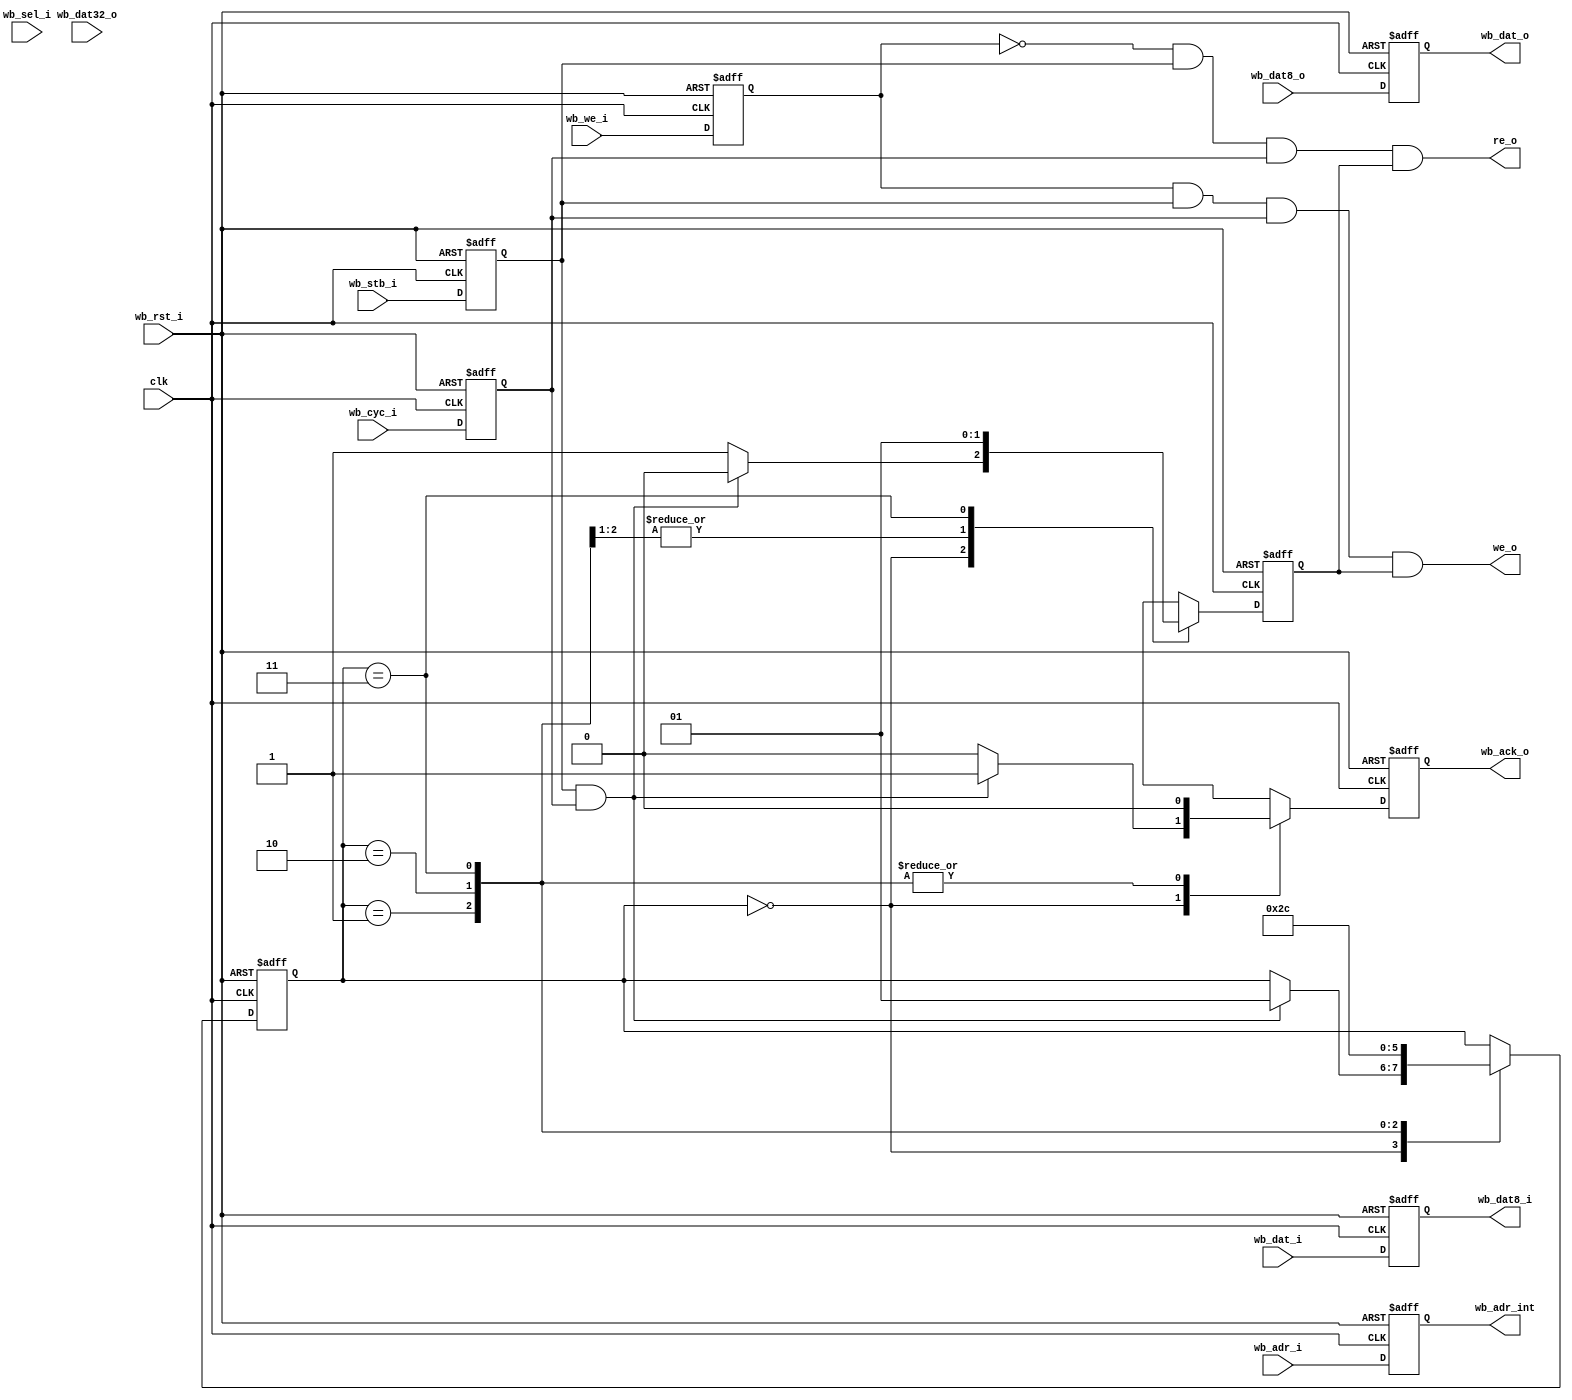
//////////////////////////////////////////////////////////////////////
////                                                              ////
////  uart_wb.v                                                   ////
////                                                              ////
////                                                              ////
////  This file is part of the "UART 16550 compatible" project    ////
////  http://www.opencores.org/cores/uart16550/                   ////
////                                                              ////
////  Documentation related to this project:                      ////
////  - http://www.opencores.org/cores/uart16550/                 ////
////                                                              ////
////  Projects compatibility:                                     ////
////  - WISHBONE                                                  ////
////  RS232 Protocol                                              ////
////  16550D uart (mostly supported)                              ////
////                                                              ////
////  Overview (main Features):                                   ////
////  UART core WISHBONE interface.                               ////
////                                                              ////
////  Known problems (limits):                                    ////
////  Inserts one wait state on all transfers.                    ////
////  Note affected signals and the way they are affected.        ////
////                                                              ////
////  To Do:                                                      ////
////  Nothing.                                                    ////
////                                                              ////
////  Author(s):                                                  ////
////      - gorban@opencores.org                                  ////
////      - Jacob Gorban                                          ////
////      - Igor Mohor (igorm@opencores.org)                      ////
////                                                              ////
////  Last Updated:   2001/05/17                                  ////
////                  (See log for the revision history)          ////
////                                                              ////
////                                                              ////
//////////////////////////////////////////////////////////////////////
////                                                              ////
//// Copyright (C) 2000, 2001 Authors                             ////
////                                                              ////
//// This source file may be used and distributed without         ////
//// restriction provided that this copyright statement is not    ////
//// removed from the file and that any derivative work contains  ////
//// the original copyright notice and the associated disclaimer. ////
////                                                              ////
//// This source file is free software; you can redistribute it   ////
//// and/or modify it under the terms of the GNU Lesser General   ////
//// Public License as published by the Free Software Foundation; ////
//// either version 2.1 of the License, or (at your option) any   ////
//// later version.                                               ////
////                                                              ////
//// This source is distributed in the hope that it will be       ////
//// useful, but WITHOUT ANY WARRANTY; without even the implied   ////
//// warranty of MERCHANTABILITY or FITNESS FOR A PARTICULAR      ////
//// PURPOSE.  See the GNU Lesser General Public License for more ////
//// details.                                                     ////
////                                                              ////
//// You should have received a copy of the GNU Lesser General    ////
//// Public License along with this source; if not, download it   ////
//// from http://www.opencores.org/lgpl.shtml                     ////
////                                                              ////
//////////////////////////////////////////////////////////////////////
//
// CVS Revision History
//
// $Log: not supported by cvs2svn $
// Revision 1.16  2002/07/29 21:16:18  gorban
// The uart_defines.v file is included again in sources.
//
// Revision 1.15  2002/07/22 23:02:23  gorban
// Bug Fixes:
//  * Possible loss of sync and bad reception of stop bit on slow baud rates fixed.
//   Problem reported by Kenny.Tung.
//  * Bad (or lack of ) loopback handling fixed. Reported by Cherry Withers.
//
// Improvements:
//  * Made FIFO's as general inferrable memory where possible.
//  So on FPGA they should be inferred as RAM (Distributed RAM on Xilinx).
//  This saves about 1/3 of the Slice count and reduces P&R and synthesis times.
//
//  * Added optional baudrate output (baud_o).
//  This is identical to BAUDOUT* signal on 16550 chip.
//  It outputs 16xbit_clock_rate - the divided clock.
//  It's disabled by default. Define UART_HAS_BAUDRATE_OUTPUT to use.
//
// Revision 1.12  2001/12/19 08:03:34  mohor
// Warnings cleared.
//
// Revision 1.11  2001/12/06 14:51:04  gorban
// Bug in LSR[0] is fixed.
// All WISHBONE signals are now sampled, so another wait-state is introduced on all transfers.
//
// Revision 1.10  2001/12/03 21:44:29  gorban
// Updated specification documentation.
// Added full 32-bit data bus interface, now as default.
// Address is 5-bit wide in 32-bit data bus mode.
// Added wb_sel_i input to the core. It's used in the 32-bit mode.
// Added debug interface with two 32-bit read-only registers in 32-bit mode.
// Bits 5 and 6 of LSR are now only cleared on TX FIFO write.
// My small test bench is modified to work with 32-bit mode.
//
// Revision 1.9  2001/10/20 09:58:40  gorban
// Small synopsis fixes
//
// Revision 1.8  2001/08/24 21:01:12  mohor
// Things connected to parity changed.
// Clock devider changed.
//
// Revision 1.7  2001/08/23 16:05:05  mohor
// Stop bit bug fixed.
// Parity bug fixed.
// WISHBONE read cycle bug fixed,
// OE indicator (Overrun Error) bug fixed.
// PE indicator (Parity Error) bug fixed.
// Register read bug fixed.
//
// Revision 1.4  2001/05/31 20:08:01  gorban
// FIFO changes and other corrections.
//
// Revision 1.3  2001/05/21 19:12:01  gorban
// Corrected some Linter messages.
//
// Revision 1.2  2001/05/17 18:34:18  gorban
// First 'stable' release. Should be sythesizable now. Also added new header.
//
// Revision 1.0  2001-05-17 21:27:13+02  jacob
// Initial revision
//
//

// UART core WISHBONE interface 
//
// Company: Flextronics Semiconductor
//

module uart_wb (clk, wb_rst_i, 
	wb_we_i, wb_stb_i, wb_cyc_i, wb_ack_o, wb_adr_i,
	wb_adr_int, wb_dat_i, wb_dat_o, wb_dat8_i, wb_dat8_o, wb_dat32_o, wb_sel_i,
	we_o, re_o // Write and read enable output for the core
);

input 		  clk;

// WISHBONE interface	
input 		  wb_rst_i;
input 		  wb_we_i;
input 		  wb_stb_i;
input 		  wb_cyc_i;
input [3:0]   wb_sel_i;
input [2:0] 	wb_adr_i; //WISHBONE address line

input [7:0]  wb_dat_i; //input WISHBONE bus 
output [7:0] wb_dat_o;
reg [7:0] 	 wb_dat_o;
wire [7:0] 	 wb_dat_i;
reg [7:0] 	 wb_dat_is;

output [2:0]	wb_adr_int; // internal signal for address bus
input [7:0]   wb_dat8_o; // internal 8 bit output to be put into wb_dat_o
output [7:0]  wb_dat8_i;
input [31:0]  wb_dat32_o; // 32 bit data output (for debug interface)
output 		  wb_ack_o;
output 		  we_o;
output 		  re_o;

wire 			  we_o;
reg 			  wb_ack_o;
reg [7:0] 	  wb_dat8_i;
wire [7:0] 	  wb_dat8_o;
wire [2:0]	wb_adr_int; // internal signal for address bus
reg [2:0]	wb_adr_is;
reg 								wb_we_is;
reg 								wb_cyc_is;
reg 								wb_stb_is;
wire [3:0]   wb_sel_i;
reg 			 wre ;// timing control signal for write or read enable

// wb_ack_o FSM
reg [1:0] 	 wbstate;
always  @(posedge clk or posedge wb_rst_i)
	if (wb_rst_i) begin
		wb_ack_o <= 1'b0;
		wbstate <= 0;
		wre <= 1'b1;
	end else
		case (wbstate)
			0: begin
				if (wb_stb_is & wb_cyc_is) begin
					wre <= 0;
					wbstate <= 1;
					wb_ack_o <= 1;
				end else begin
					wre <= 1;
					wb_ack_o <= 0;
				end
			end
			1: begin
			   wb_ack_o <= 0;
				wbstate <= 2;
				wre <= 0;
			end
			2: begin
				wb_ack_o <= 0;
				wbstate <= 3;
				wre <= 0;
			end
			3: begin
				wb_ack_o <= 0;
				wbstate <= 0;
				wre <= 1;
			end
		endcase

assign we_o =  wb_we_is & wb_stb_is & wb_cyc_is & wre ; //WE for registers	
assign re_o = ~wb_we_is & wb_stb_is & wb_cyc_is & wre ; //RE for registers	

// Sample input signals
always  @(posedge clk or posedge wb_rst_i)
	if (wb_rst_i) begin
		wb_adr_is <= 0;
		wb_we_is <= 0;
		wb_cyc_is <= 0;
		wb_stb_is <= 0;
		wb_dat_is <= 0;
	end else begin
		wb_adr_is <= wb_adr_i;
		wb_we_is <= wb_we_i;
		wb_cyc_is <= wb_cyc_i;
		wb_stb_is <= wb_stb_i;
		wb_dat_is <= wb_dat_i;
	end

always @(posedge clk or posedge wb_rst_i)
	if (wb_rst_i)
		wb_dat_o <= 0;
	else
		wb_dat_o <= wb_dat8_o;

always @(wb_dat_is)
	wb_dat8_i = wb_dat_is;

assign wb_adr_int = wb_adr_is;


endmodule